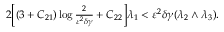
\begin{array} { r } { 2 \Big [ ( 3 + C _ { 2 1 } ) \log \frac { 2 } { \varepsilon ^ { 2 } \delta \gamma } + C _ { 2 2 } \Big ] \lambda _ { 1 } < \varepsilon ^ { 2 } \delta \gamma ( \lambda _ { 2 } \wedge \lambda _ { 3 } ) . } \end{array}